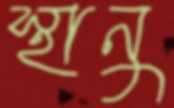
স্থানু